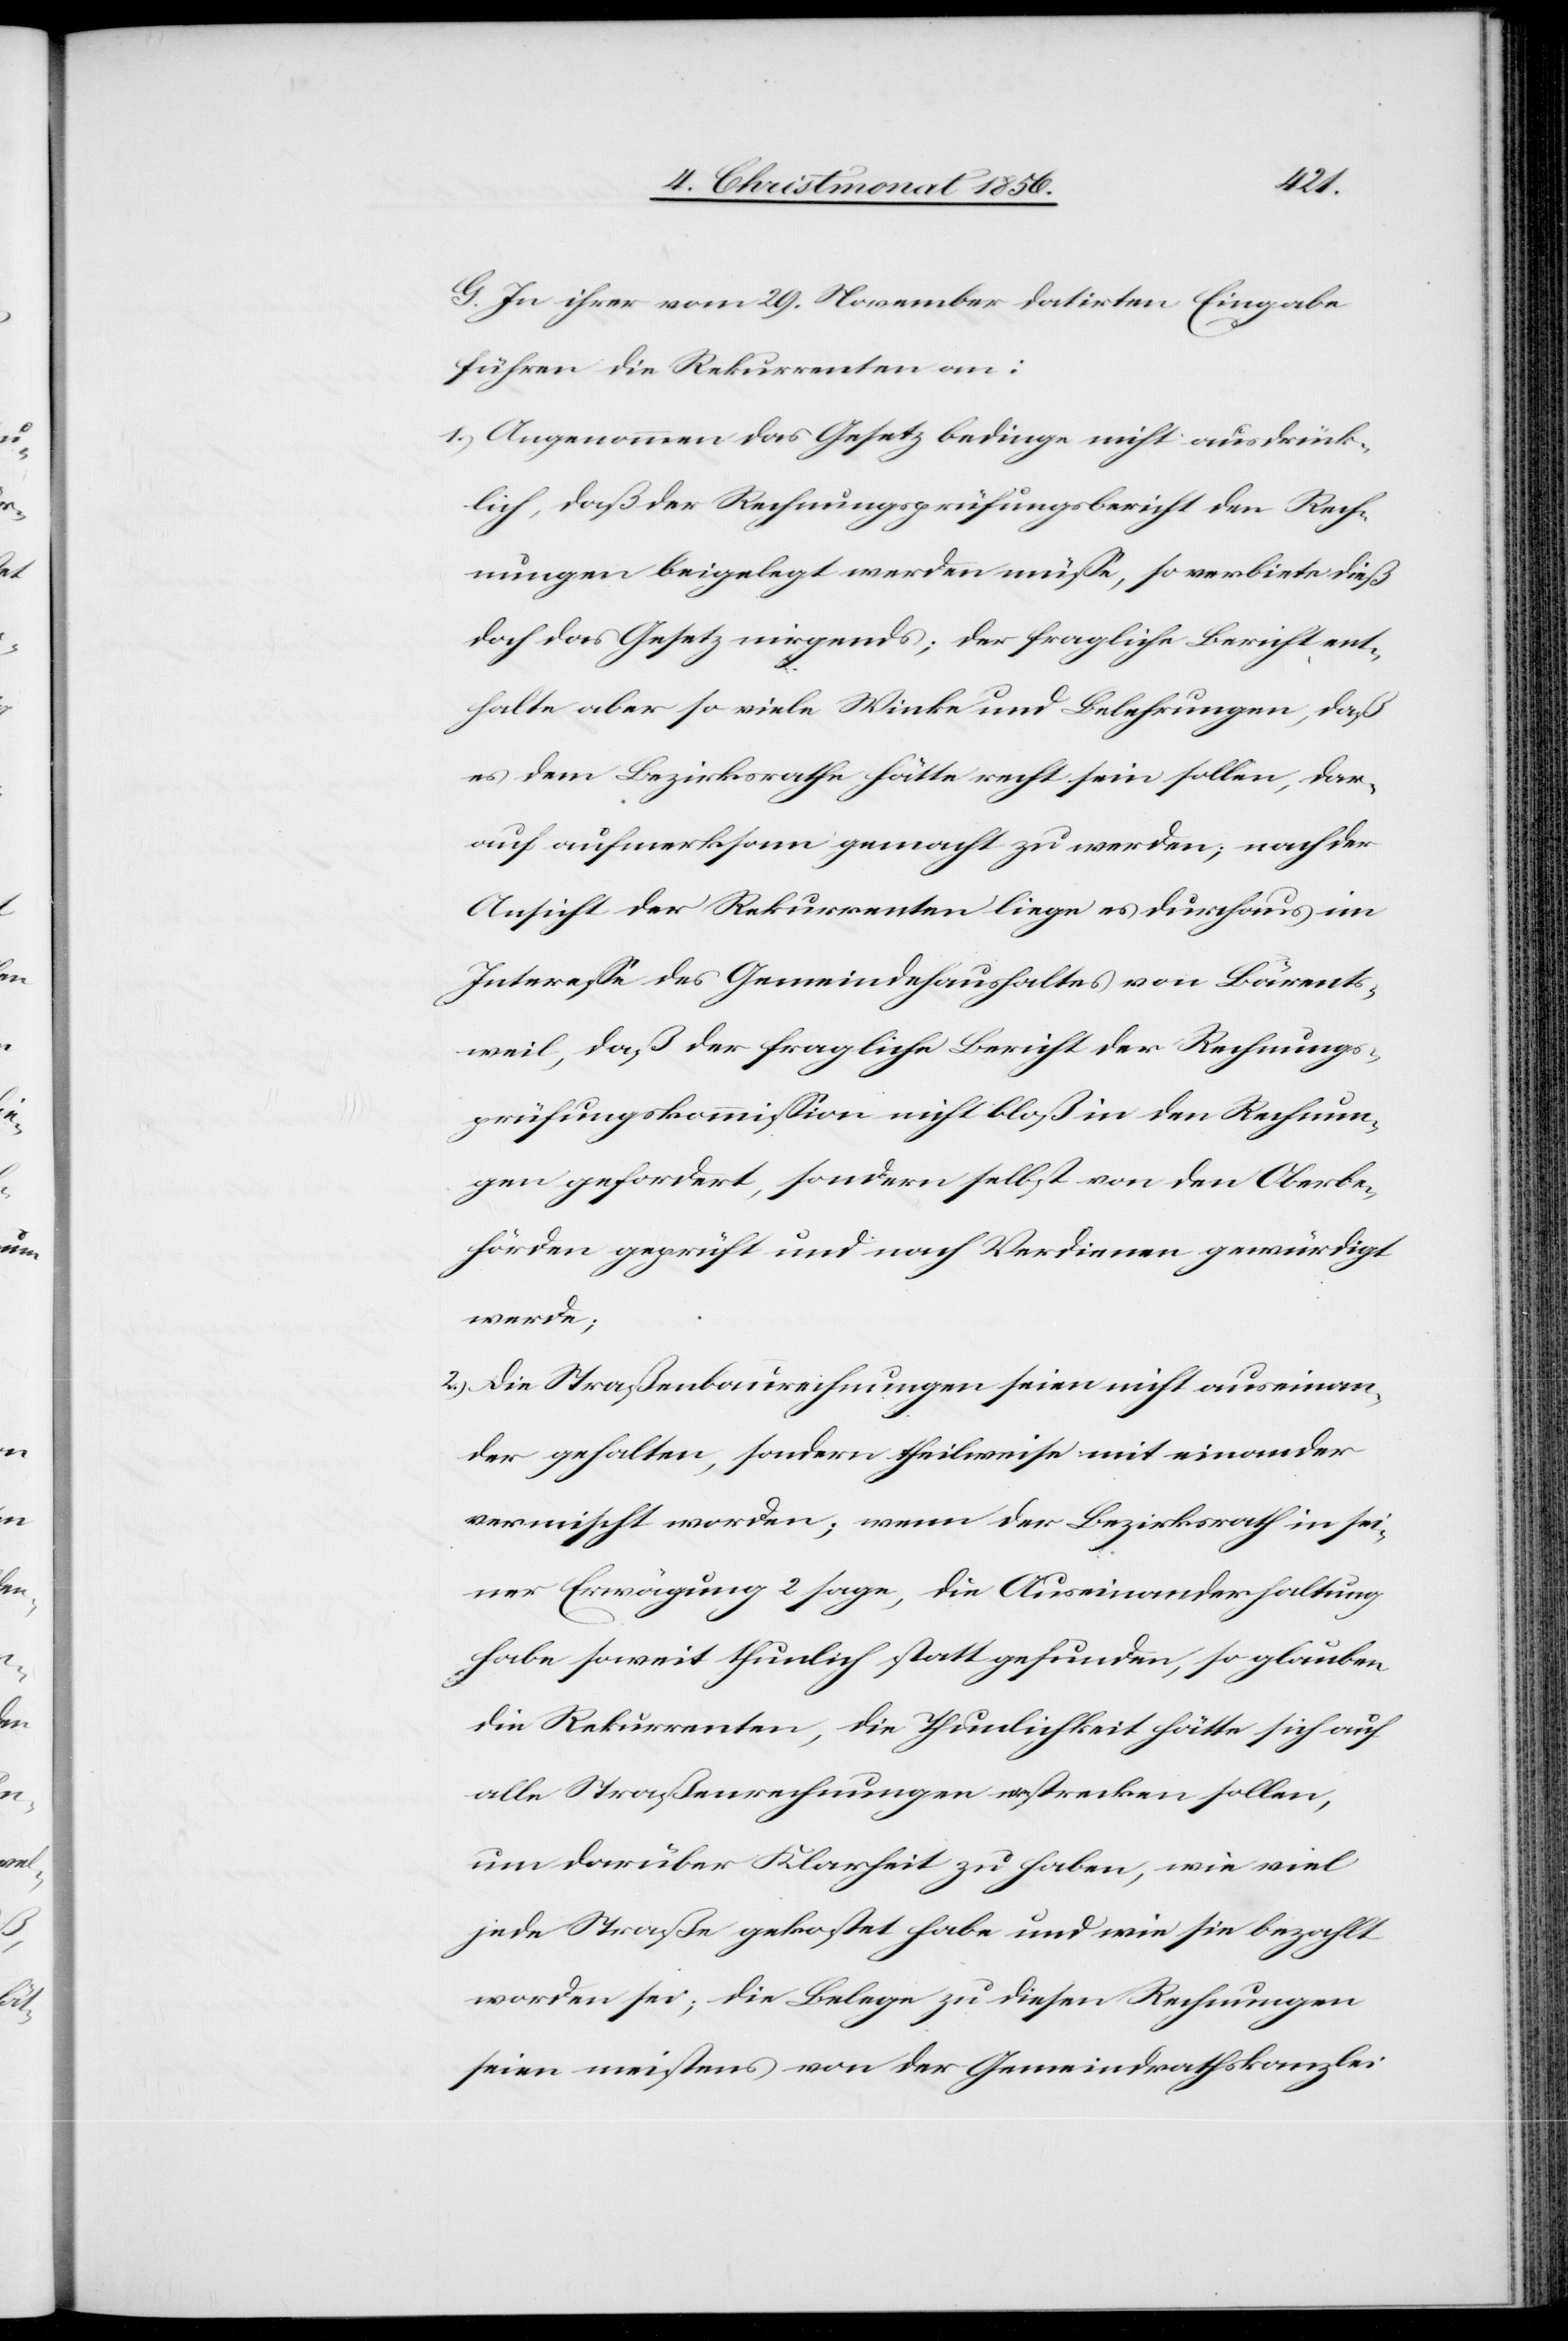
G. In ihrer vom 29. November datirten Eingabe
führen die Rekurrenten an:
1.) Angenommen das Gesetz bedinge nicht ausdrück¬
lich, daß der Rechnungsprüfungsbericht den Rech¬
nungen beigelegt werden müsse, so verbiete dieß
doch das Gesetz nirgends; der fragliche Bericht ent¬
halte aber so viele Winke und Belehrungen, daß
es dem Bezirksrathe hätte recht sein sollen, dar¬
auf aufmerksam gemacht zu werden; nach der
Ansicht der Rekurrenten liege es durchaus im
Interesse des Gemeindehaushaltes von Bärents¬
weil, daß der fragliche Bericht der Rechnungs¬
prüfungskommission nicht bloß in den Rechnun¬
gen gefordert, sondern selbst von den Oberbe¬
hörden geprüft und nach Verdienen gewürdigt
werde;
2.) Die Straßenbaurechnungen seien nicht auseinan¬
der gehalten, sondern theilweise mit einander
vermischt worden; wenn der Bezirksrath in sei¬
ner Erwägung 2 sage, die Auseinanderhaltung
habe soweit thunlich statt gefunden, so glauben
die Rekurrenten, die Thunlichkeit hätte sich auf
alle Straßenrechnungen erstrecken sollen,
um darüber Klarheit zu haben, wie viel
jede Straße gekostet habe und wie sie bezahlt
worden sei; die Belege zu diesen Rechnungen
seien meistens von der Gemeindrathskanzlei